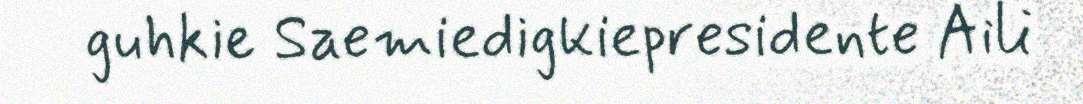
guhkie Saemiedigkiepresidente Aili